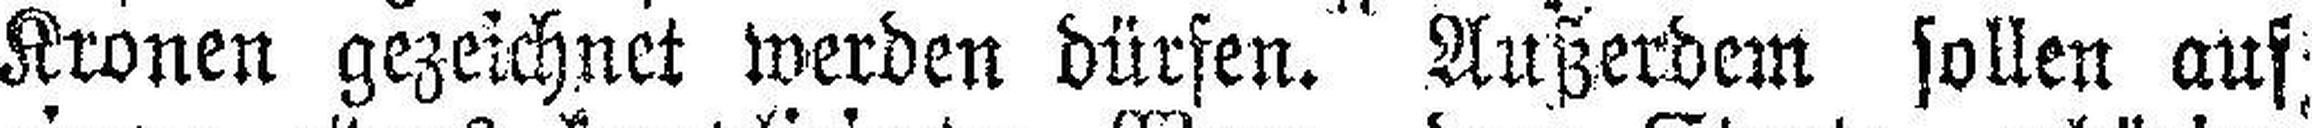
Kronen gezeichnet werden dürfen. Außerdem sollen auf